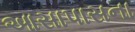
આસાપાસના